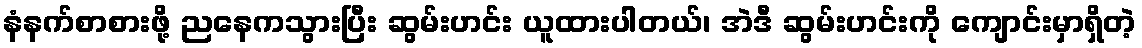
နံနက်စာစားဖို့ ညနေကသွားပြီး ဆွမ်းဟင်း ယူထားပါတယ်၊ အဲဒီ ဆွမ်းဟင်းကို ကျောင်းမှာရှိတဲ့